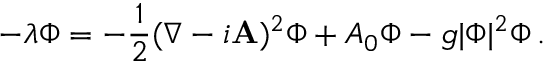
- \lambda \Phi = - { \frac { 1 } { 2 } } ( \nabla - i { \bf A } ) ^ { 2 } \Phi + A _ { 0 } \Phi - g | \Phi | ^ { 2 } \Phi \, .